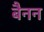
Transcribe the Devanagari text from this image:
बैनन